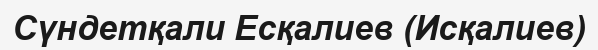
Сүндетқали Есқалиев (Исқалиев)